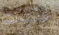
عقبات